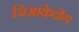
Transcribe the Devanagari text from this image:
जिआंकेदोंग